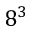
8 ^ { 3 }